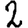
Digit: 2